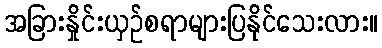
အခြားနှိုင်းယှဉ်စရာများပြနိုင်သေးလား။